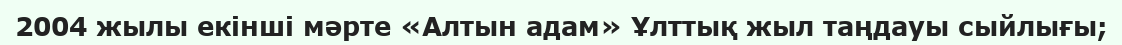
2004 жылы екінші мәрте «Алтын адам» Ұлттық жыл таңдауы сыйлығы;